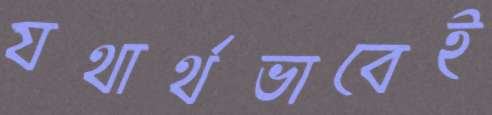
যথার্থভাবেই